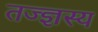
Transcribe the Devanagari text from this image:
तज्ज्ञस्य